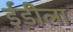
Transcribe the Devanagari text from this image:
ईडीला